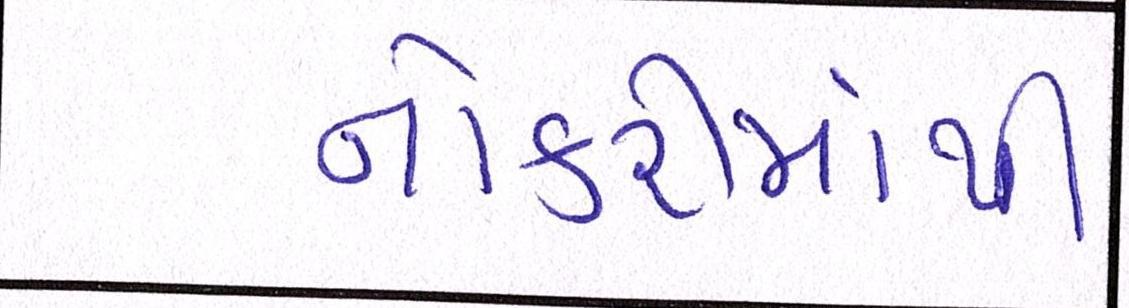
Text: નોકરીમાંથી